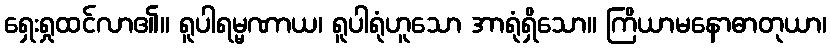
ရှေးရှုထင်လာ၏။ ရူပါရမ္မဏာယ၊ ရူပါရုံဟူသော အာရုံရှိသော။ ကြိယာမနောဓာတုယာ၊